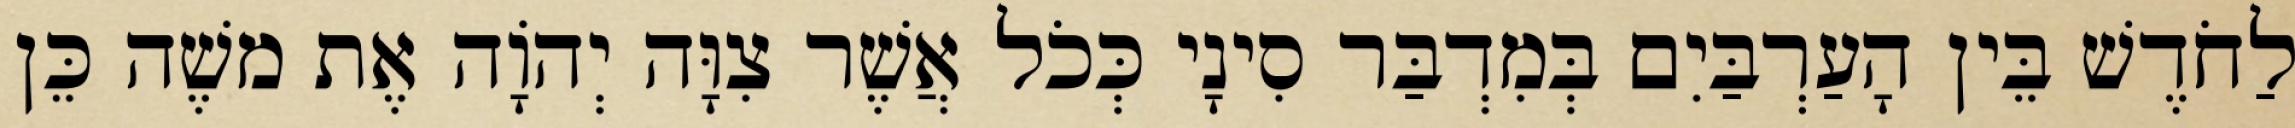
לַחֹדֶשׁ בֵּין הָעַרְבַּיִם בְּמִדְבַּר סִינָי כְּכֹל אֲשֶׁר צִוָּה יְהוָֹה אֶת משֶׁה כֵּן